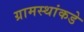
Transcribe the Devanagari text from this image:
ग्रामस्थांकडे